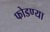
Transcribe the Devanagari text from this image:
फोडण्या